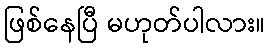
ဖြစ်နေပြီ မဟုတ်ပါလား။